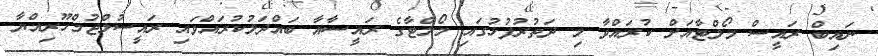
ނައިބް ރައީސް މޯލްޓާއަށް ކުރައްވާ މި ދަތުރުފުޅުގައި މޯލްޓާގެ ރައީސާއާ ބައްދަލުކުރައްވައި ރައީސުލްޖުމްހޫރިއްޔާ